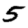
Digit: 5